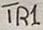
Text: TR1